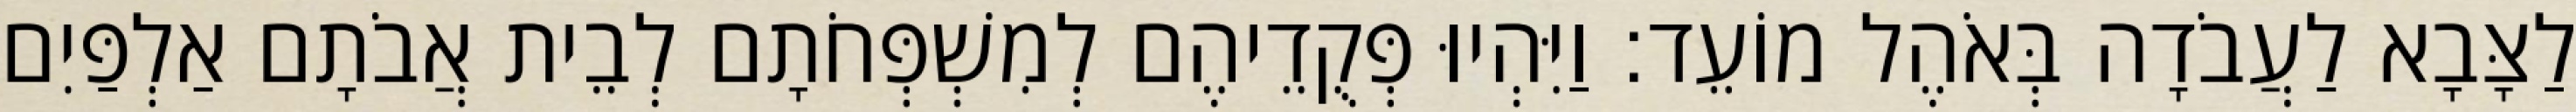
לַצָּבָא לַעֲבֹדָה בְּאֹהֶל מוֹעֵד׃ וַיִּהְיוּ פְּקֻדֵיהֶם לְמִשְׁפְּחֹתָם לְבֵית אֲבֹתָם אַלְפַּיִם